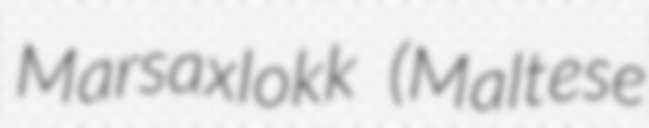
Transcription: Marsaxlokk (Maltese